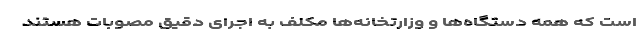
است که همه دستگاه‌ها و وزارتخانه‌ها مکلف به اجرای دقیق مصوبات هستند